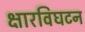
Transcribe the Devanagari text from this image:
क्षारविघटन